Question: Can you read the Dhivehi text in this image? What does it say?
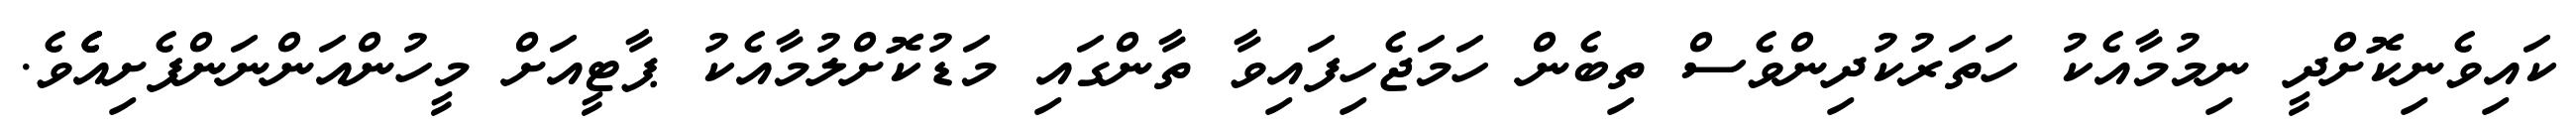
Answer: ކައިވެނިކޮށްދީ ނިމުމާއެކު ހަތަރުކުދިންވެސް ތިބެން ހަމަޖެހިފައިވާ ތާންގައި މަޑުކޮށްލުމާއެކު ޕާޓީއަށް މީހުންއަންނަންފެށިއެެެވެ.